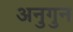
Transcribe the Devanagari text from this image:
अनुगुन